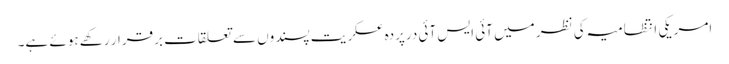
امریکی انتظامیہ کی نظر میں آئی ایس آئی درپردہ عسکریت پسندوں سے تعلقات برقرار رکھے ہوئے ہے۔